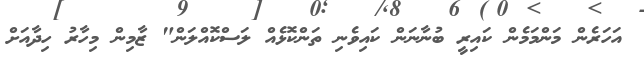
އަހަރެން މަންމަމެން ކައިރީ ބުނާނަން ކައިވެނި ތަންކޮޅެއް ލަސްކޮއްލަން" ޒާމިން މިހާރު ހިދާއަށް